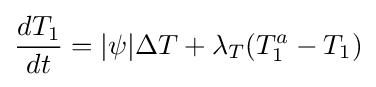
{dT_{1} \over dt}=|\psi |\Delta T+\lambda _{T}(T_{1}^{a}-T_{1})